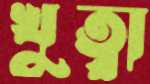
খুত্বা